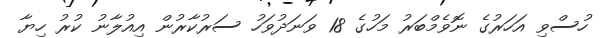
ހުސްވި އަހަރުގެ ނޮވެމްބަރު މަހުގެ 18 ވަނަދުވަހު ސަރުކާރުން އިއުލާނު ކުރު ހިޔާ